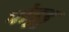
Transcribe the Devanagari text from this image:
पोड़ुडु